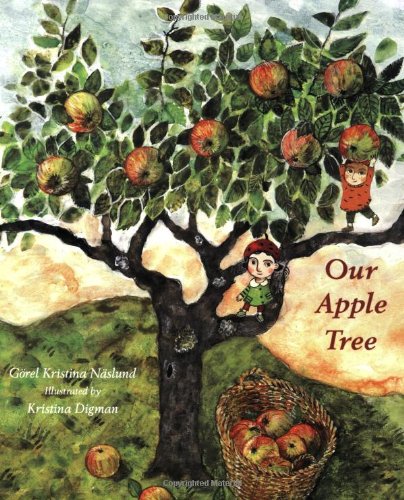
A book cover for Our Apple Tree; Gorel Kristina Naslund; Children's Books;